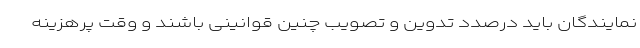
نمایندگان باید درصدد تدوین و تصویب چنین قوانینی باشند و وقت پرهزینه